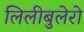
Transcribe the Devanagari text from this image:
लिलीबुलेरो